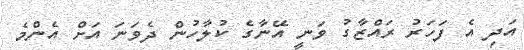
އަދި އެ ފަހަރު ރައްޒާގު ވަނީ އޭނާގެ ކުލާހުން ދެވަނަ އަށް އެންމެ